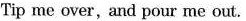
Tip me over, and pour me out.